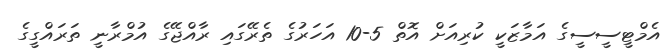
އެމްޓީސީސީގެ އަމާޒަކީ ކުރިއަށް އޮތް 5-10 އަހަރުގެ ތެރޭގައި ރާއްޖޭގެ އުމްރާނީ ތަރައްގީގެ